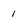
Character: I